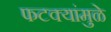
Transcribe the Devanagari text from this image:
फटक्यांमुळे